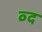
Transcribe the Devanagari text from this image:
व्द